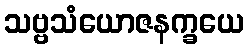
သဗ္ဗသံယောဇနက္ခယေ